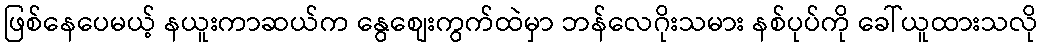
ဖြစ်နေပေမယ့် နယူးကာဆယ်က နွေစျေးကွက်ထဲမှာ ဘန်လေဂိုးသမား နစ်ပုပ်ကို ခေါ်ယူထားသလို